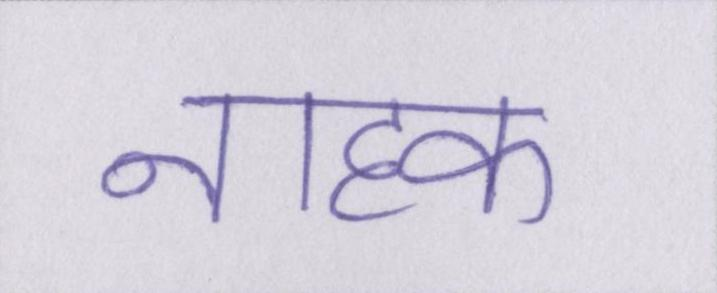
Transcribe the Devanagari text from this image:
नाहक